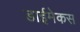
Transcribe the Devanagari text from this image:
डाईमेकस